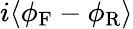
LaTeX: i\langle\phi_{\mathrm{F}}-\phi_{\mathrm{R}}\rangle